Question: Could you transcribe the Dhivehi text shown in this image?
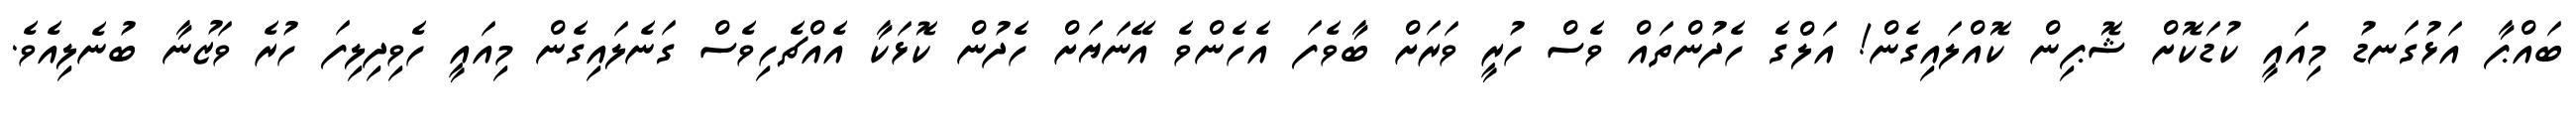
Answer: ބައްޕާ އަޅުގަނޑު މިއައީ ކުޑަކޮށް ޝޮޕިން ކޮއްލައިގެން! އަލްގެ ހެދުންތައް ވެސް ހުރީ ވަރަށް ބާވެފަ އެހެންވެ އޭނަޔަށް ހެދުން ކޮޅަކާ އެއްޗެހިވެސް ގަނެލައިގެން މިއައީ ހެވިދިލިފަ ހުރެ ވަޒުނާ ބުނެލިއެވެ.